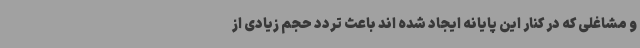
و مشاغلی که در کنار این پایانه ایجاد شده اند باعث تردد حجم زیادی از